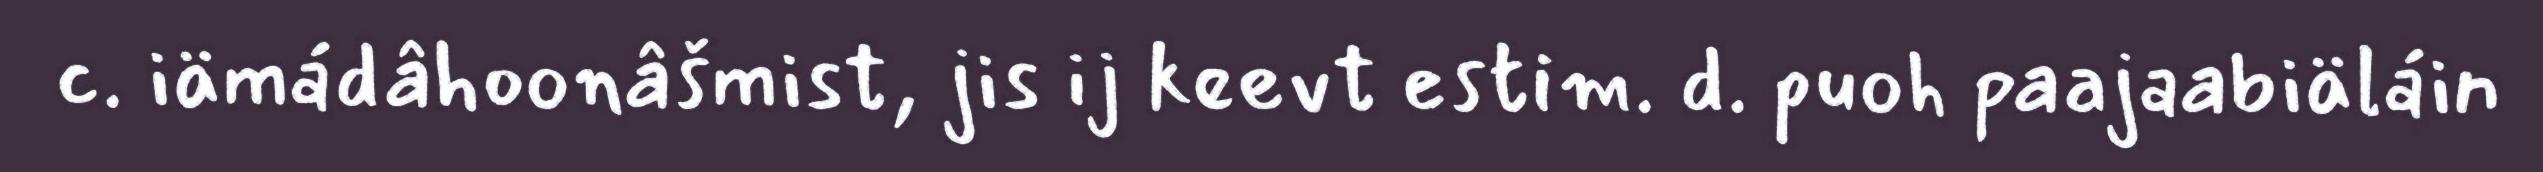
c. iämádâhoonâšmist, jis ij keevt estim. d. puoh paajaabiäláin